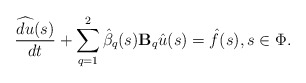
\begin{align*} \frac{\widehat{d u}(s)}{dt} + \sum\limits_{q=1}^{2} \hat{\beta}_q(s) \mathbf{B}_q \hat{u}(s) = \hat{f}(s), s\in \Phi. \end{align*}